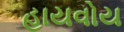
હાયવોય